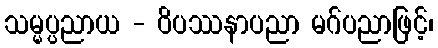
သမ္မပ္ပညာယ - ဝိပဿနာပညာ မဂ်ပညာဖြင့်၊